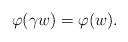
LaTeX: \begin{align*}\varphi(\gamma w)=\varphi(w).\end{align*}